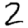
Digit: 2